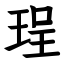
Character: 珵